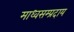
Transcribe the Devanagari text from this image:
माध्वसम्प्रदाय